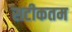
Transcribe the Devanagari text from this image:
सटीकतम